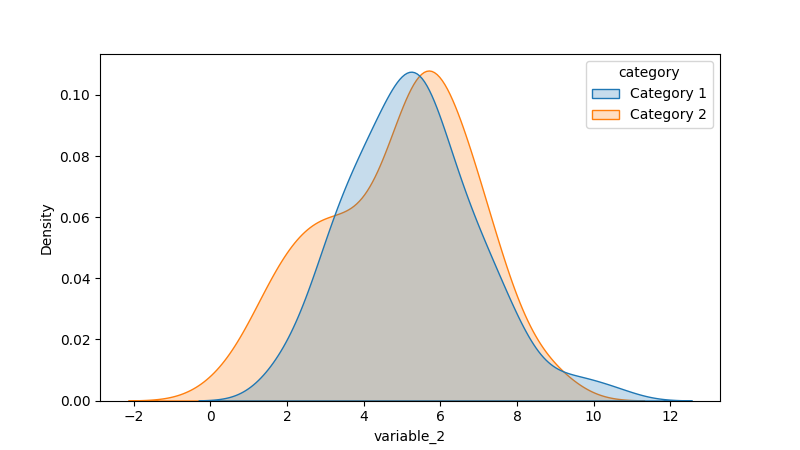
python, seaborn, kdeplot, hue='category', fill=True, bw_adjust=1.0